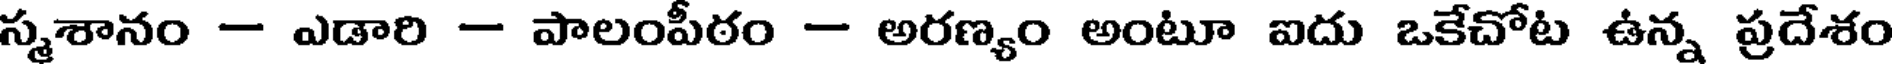
స్మశానం - ఎడారి - పాలంపీఠం - అరణ్యం అంటూ ఐదు ఒకేచోట ఉన్న ప్రదేశం